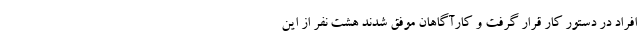
افراد در دستور کار قرار گرفت و کارآگاهان موفق شدند هشت نفر از این